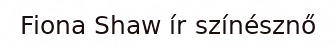
Fiona Shaw ír színésznő